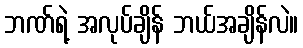
ဘဏ်ရဲ့ အလုပ်ချိန် ဘယ်အချိန်လဲ။